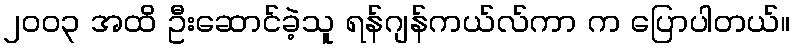
၂၀၀၃ အထိ ဦးဆောင်ခဲ့သူ ရန်ဂျန်ကယ်လ်ကာ က ပြောပါတယ်။